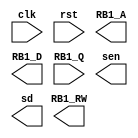
module S1(clk,
	  rst,
	  RB1_RW,
	  RB1_A,
	  RB1_D,
	  RB1_Q,
	  sen,
	  sd);

  input clk, rst;
  output RB1_RW;      // control signal for RB1: Read/Write
  output [4:0] RB1_A; // control signal for RB1: address
  output [7:0] RB1_D; // data path for RB1: input port
  input [7:0] RB1_Q;  // data path for RB1: output port
  output sen, sd;
  

endmodule